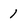
Character: 1